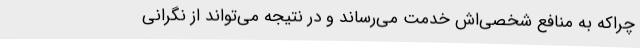
چراکه به منافع شخصی‌اش خدمت می‌رساند و در نتیجه می‌تواند از نگرانی